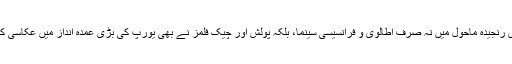
اس رنجیدہ ماحول میں نہ صرف اطالوی و فرانسیسی سینما، بلکہ پولش اور چیک فلمز نے بھی یورپ کی بڑی عُمدہ انداز میں عکّاسی کی۔